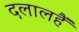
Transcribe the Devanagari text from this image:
दलालहैं